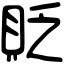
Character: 貶